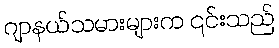
ဂျာနယ်သမားများက ၎င်းသည်